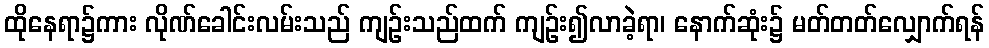
ထိုနေရာ၌ကား လိုဏ်ခေါင်းလမ်းသည် ကျဉ်းသည်ထက် ကျဉ်း၍လာခဲ့ရာ၊ နောက်ဆုံး၌ မတ်တတ်လျှောက်ရန်